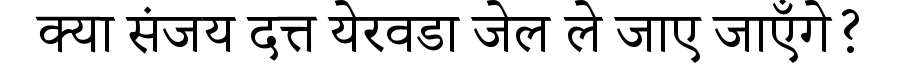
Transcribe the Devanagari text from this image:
क्या संजय दत्त येरवडा जेल ले जाए जाएँगे?